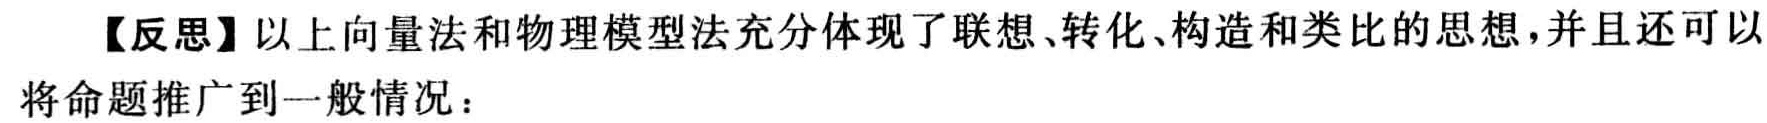
【反思】以上向量法和物理模型法充分体现了联想、转化、构造和类比的思想，并且还可以将命题推广到一般情况：